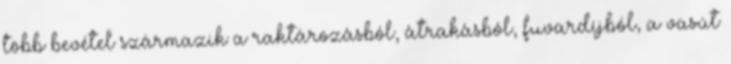
több bevétel származik a raktározásból, átrakásból, fuvardíjból, a vasút